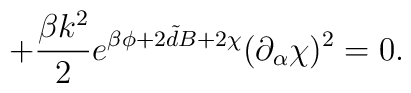
+\frac{\beta k ^{2}}{2}e^{\beta \phi +2{\tilde d}B+2\chi}(\partial _{\alpha}\chi)^{2} =0.